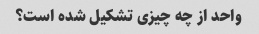
واحد از چه چیزی تشکیل شده است؟